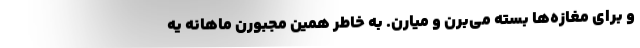
و برای مغازه‌ها بسته می‌برن و میارن. به خاطر همین مجبورن ماهانه یه